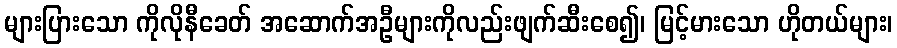
များပြားသော ကိုလိုနီခေတ် အဆောက်အဦများကိုလည်းဖျက်ဆီးစေ၍၊ မြင့်မားသော ဟိုတယ်များ၊